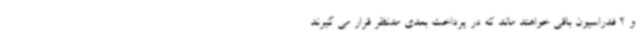
و 2 فدراسیون باقی خواهند ماند که در پرداخت بعدی مدنظر قرار می گیرند